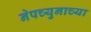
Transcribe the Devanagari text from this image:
नेपच्युनाच्या